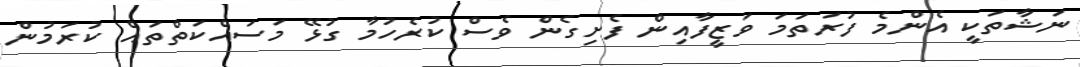
ނަޝާތަކީ އެންމެ ފުރަތަމަ ވަޒީފާއިން ފެށިގެން ވެސް ކުރެހުމާ ގުޅޭ މަސައްކަތްތައް ކުރަމުން